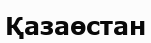
Қазаөстан